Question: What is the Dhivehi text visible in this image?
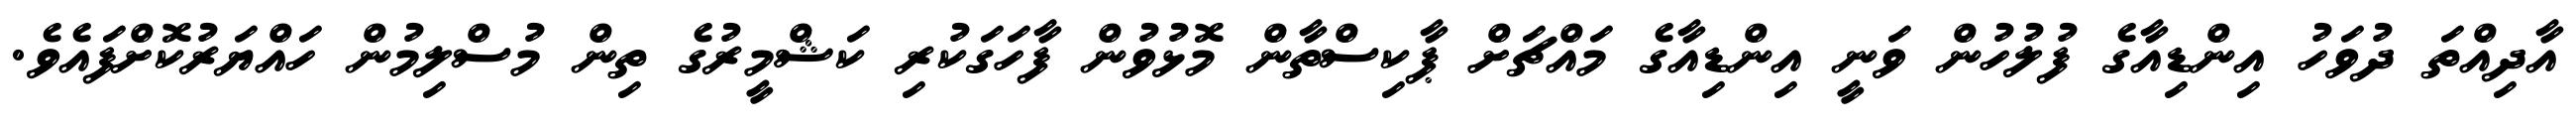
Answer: އާދިއްތަ ދުވަހު އިންޑިއާގެ ފުލުހުން ވަނީ އިންޑިއާގެ މައްޗަށް ޕާކިސްތާން މޮޅުވުން ފާހަގަކުރި ކަޝްމީރުގެ ތިން މުސްލިމުން ހައްޔަރުކޮށްފައެވެ.